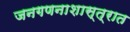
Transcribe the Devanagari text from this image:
जनगणनाशास्त्रात